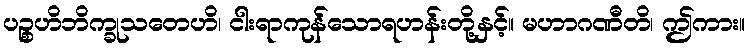
ပဉ္စဟိဘိက္ခုသတေဟိ၊ ငါးရာကုန်သောရဟန်းတို့နှင့်။ မဟာဂဏီတိ၊ ဤကား။